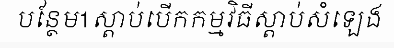
បន្ថែម1ស្តាប់បើកកម្មវិធីស្តាប់សំឡេង